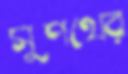
সুপথের